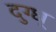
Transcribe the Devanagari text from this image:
दुग्ध्